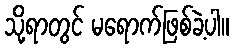
သို့ရာတွင် မရောက်ဖြစ်ခဲ့ပါ။